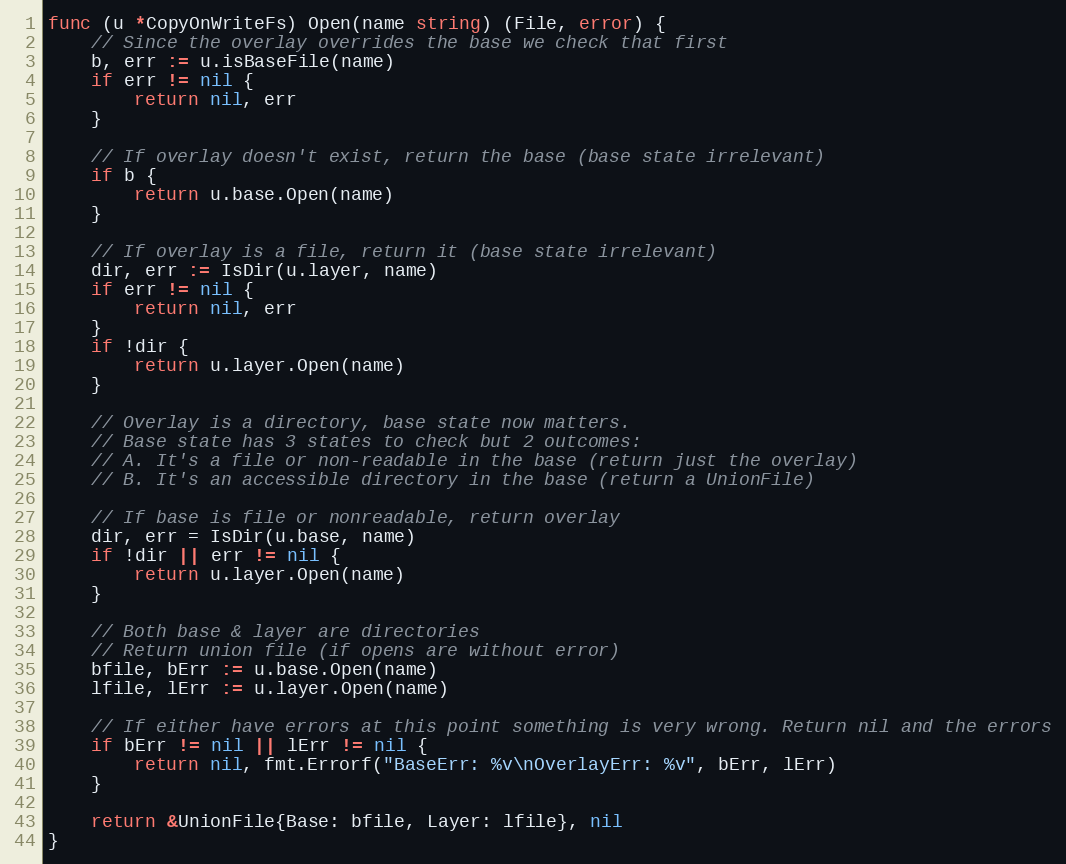
Language: Go
func (u *CopyOnWriteFs) Open(name string) (File, error) {
	// Since the overlay overrides the base we check that first
	b, err := u.isBaseFile(name)
	if err != nil {
		return nil, err
	}

	// If overlay doesn't exist, return the base (base state irrelevant)
	if b {
		return u.base.Open(name)
	}

	// If overlay is a file, return it (base state irrelevant)
	dir, err := IsDir(u.layer, name)
	if err != nil {
		return nil, err
	}
	if !dir {
		return u.layer.Open(name)
	}

	// Overlay is a directory, base state now matters.
	// Base state has 3 states to check but 2 outcomes:
	// A. It's a file or non-readable in the base (return just the overlay)
	// B. It's an accessible directory in the base (return a UnionFile)

	// If base is file or nonreadable, return overlay
	dir, err = IsDir(u.base, name)
	if !dir || err != nil {
		return u.layer.Open(name)
	}

	// Both base & layer are directories
	// Return union file (if opens are without error)
	bfile, bErr := u.base.Open(name)
	lfile, lErr := u.layer.Open(name)

	// If either have errors at this point something is very wrong. Return nil and the errors
	if bErr != nil || lErr != nil {
		return nil, fmt.Errorf("BaseErr: %v\nOverlayErr: %v", bErr, lErr)
	}

	return &UnionFile{Base: bfile, Layer: lfile}, nil
}